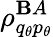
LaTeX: \rho_{q_{\theta}p_{\theta}}^{\mathbf{B}A}